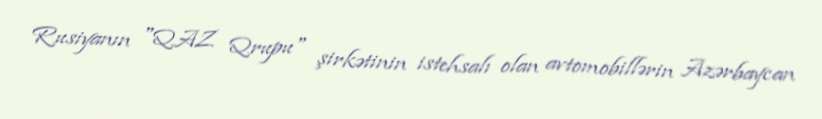
Rusiyanın "QAZ Qrupu" şirkətinin istehsalı olan avtomobillərin Azərbaycan